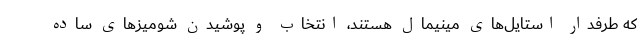
که طرفدار استایل‌های مینیمال هستند، انتخاب و پوشیدن شومیزهای ساده